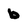
Character: b